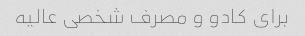
برای کادو و مصرف شخصی عالیه